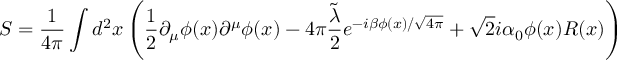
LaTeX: S = \frac { 1 } { 4 \pi } \int d ^ { 2 } x \left( \frac { 1 } { 2 } \partial _ { \mu } \phi ( x ) \partial ^ { \mu } \phi ( x ) - 4 \pi \frac { \tilde { \lambda } } { 2 } e ^ { - i \beta \phi ( x ) / \sqrt { 4 \pi } } + \sqrt { 2 } i \alpha _ { 0 } \phi ( x ) R ( x ) \right)